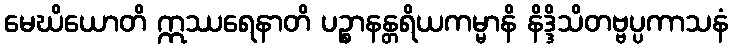
မေဃိယောတိ ဣဿရေနာတိ ပဉ္စာနန္တရိယကမ္မာနိ နိဒ္ဒိသိတဗ္ဗပ္ပကာသနံ